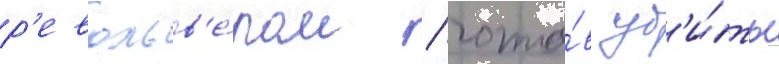
р'евольв'е́ром / гото́в уб'и́ть